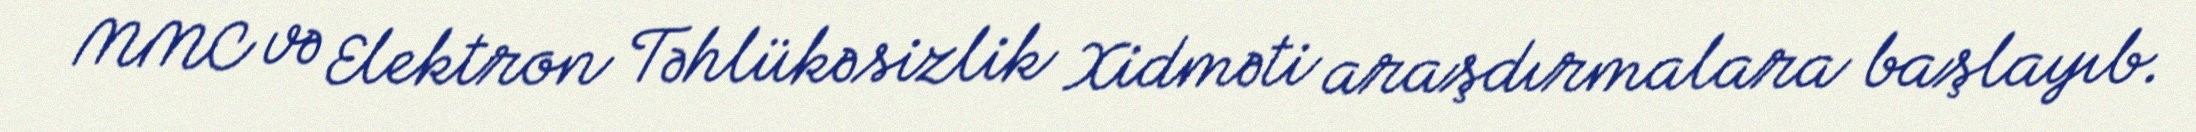
MMC və Elektron Təhlükəsizlik Xidməti araşdırmalara başlayıb.